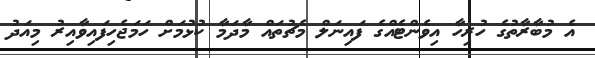
އެ މުބާރާތުގެ ހުރިހާ އިވެންޓެއްގެ ފައިނަލް މެޗުތައް މާދަމާ ކުޅުމަށް ހަމަޖެހިފައިވާއިރު މިއަދު